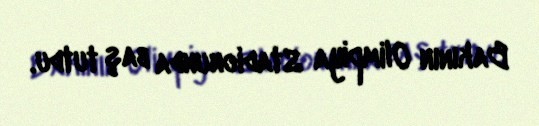
Bakının Olimpiya Stadionunda baş tutdu.